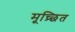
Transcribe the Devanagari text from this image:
मूच्र्छित